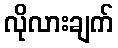
လိုလားချက်